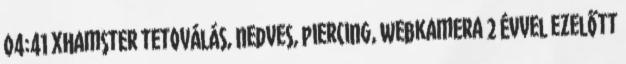
04:41 xHamster tetoválás, nedves, piercing, webkamera 2 évvel ezelőtt